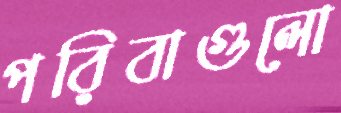
পরিবাগুলো